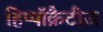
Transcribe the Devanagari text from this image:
हिप्पॉक्रैटीज़